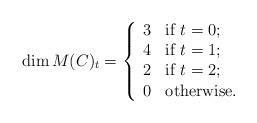
LaTeX: \begin{align*} \dim M(C)_t = \left \{ \begin{array}{cl} 3 & \hbox{if } t=0; \\ 4 & \hbox{if } t=1; \\ 2 & \hbox{if } t = 2; \\ 0 & \hbox{otherwise}. \end{array} \right. \end{align*}